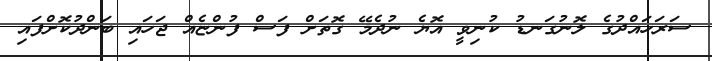
ސަރަހައްދުގެ ލޮނުގަނޑު ކުނިވީ އޮޔެ ނުދެމޭ ގޮތަށް ފަސް ފުންޏެއް ޖަހައި ބަންދުކޮށްފައި